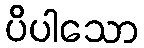
ပိပါသော